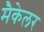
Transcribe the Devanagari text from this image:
मैकेलर